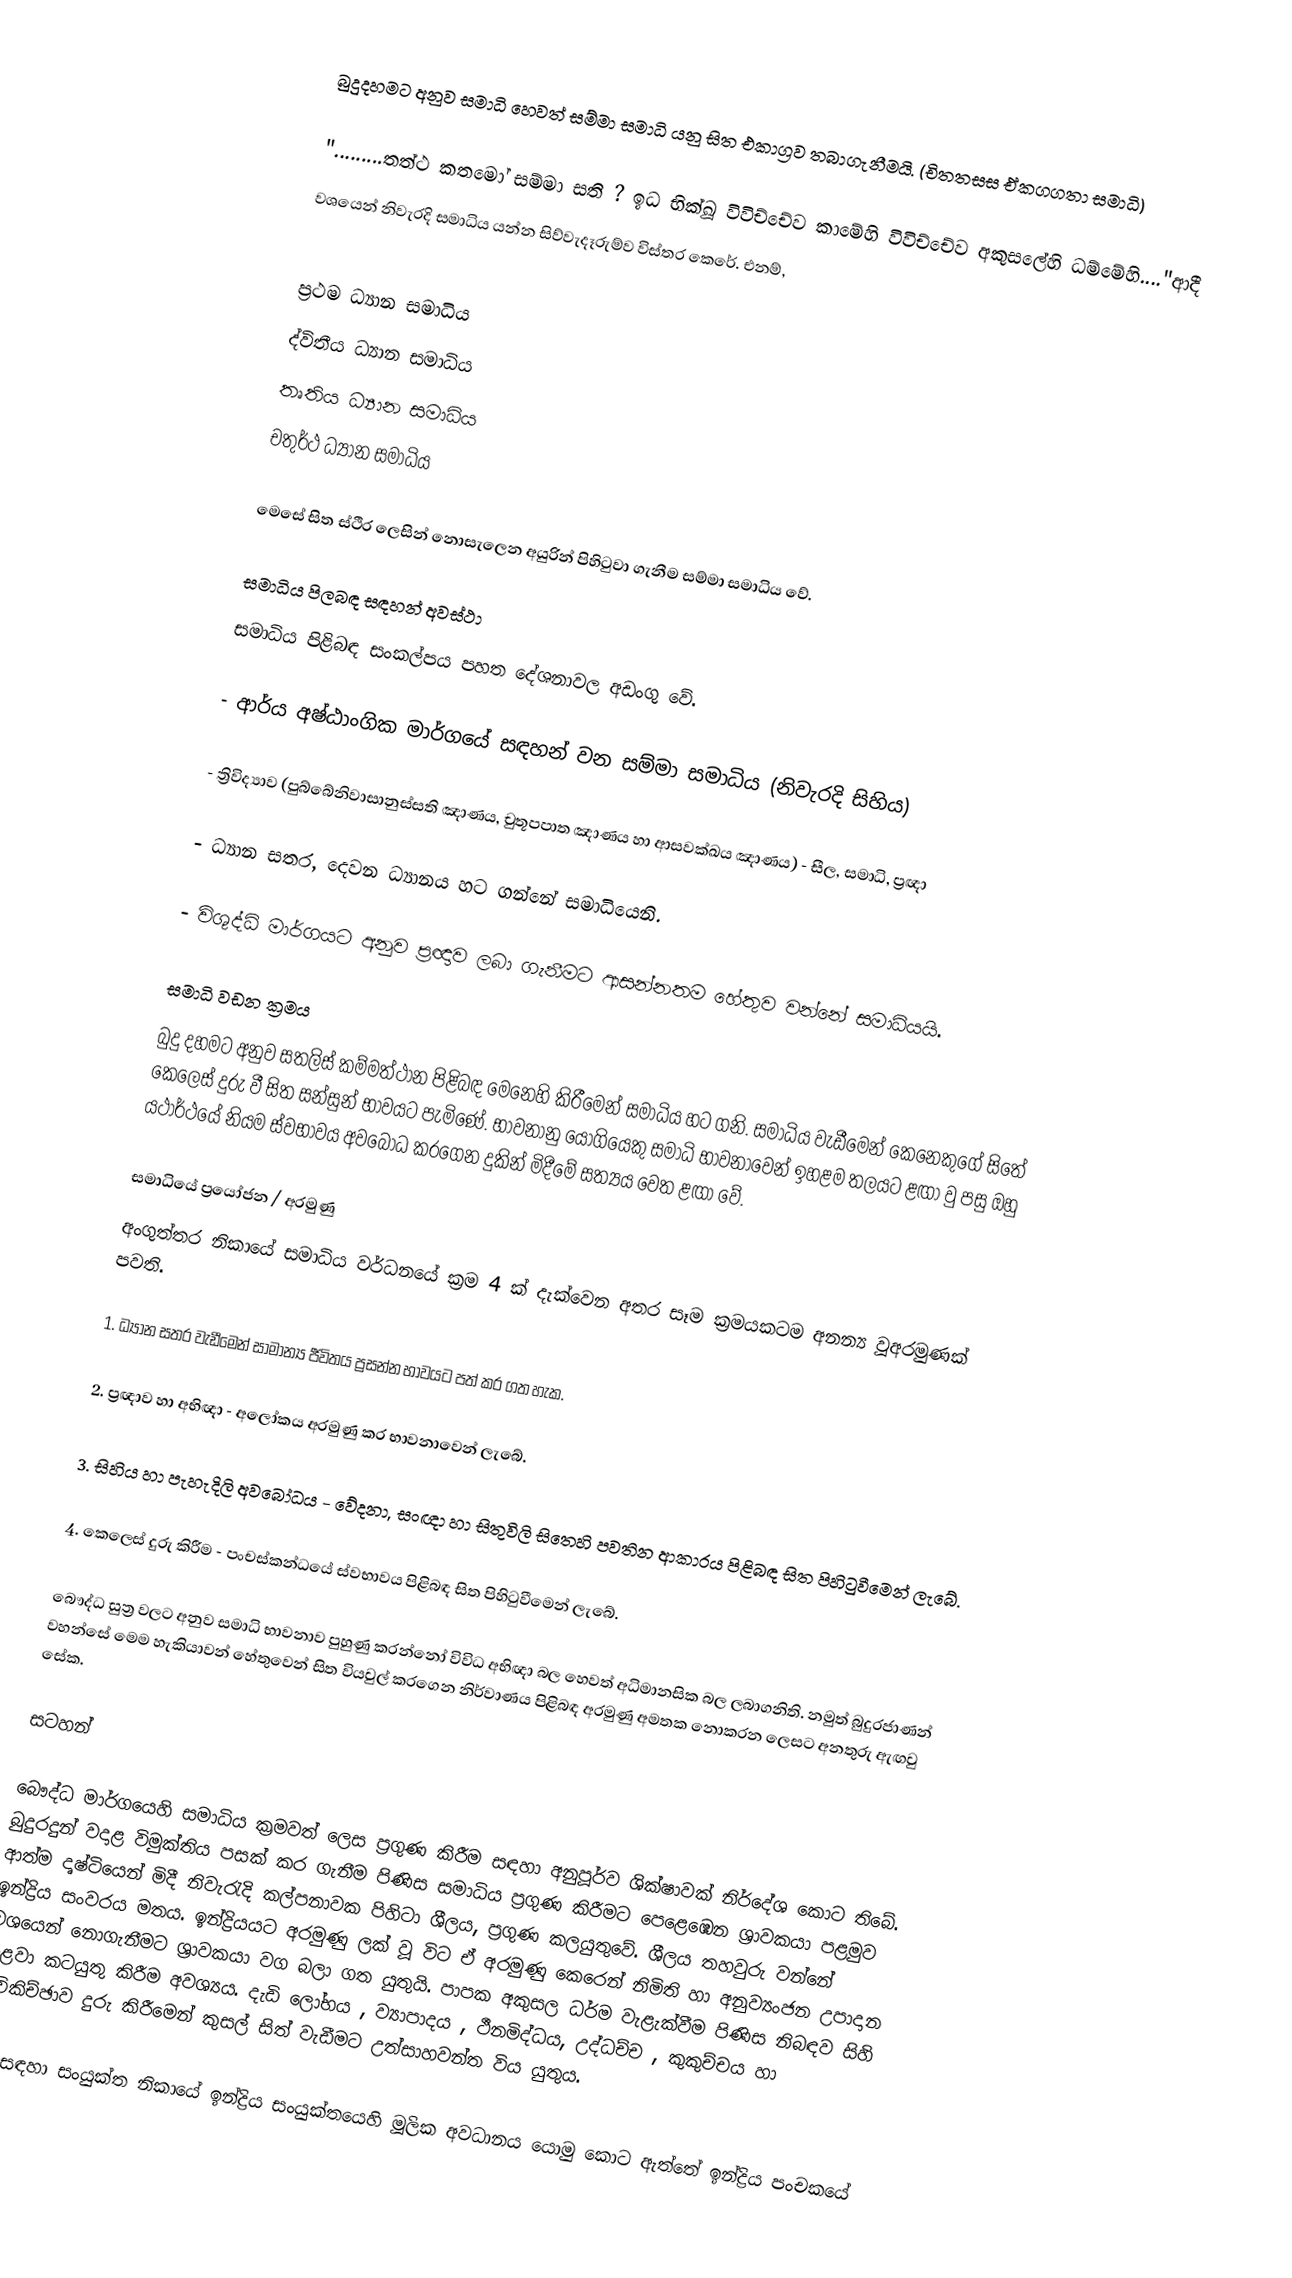
බුදුදහමට අනුව සමාධි හෙවත් සම්මා සමාධි යනු සිත එකාග්‍රව තබාගැනීමයි. (චිත‍්තස‍්ස ඒකග‍්ගතා සමාධි)

".........තත්ථ කතමෝ සම්මා සති ? ඉධ භික්ඛූ විවිච්චේව කාමේහි විවිච්චේව අකුසලේහි ධම්මේහි...."ආදී
වශයෙන් නිවැරදි සමාධිය යන්න සිව්වැදෑරුම්ව විස්තර කෙරේ. එනම්,

ප්‍රථම ධ්‍යාන සමාධිය
ද්විතීය ධ්‍යාන සමාධිය
තෘතිය  ධ්‍යාන සමාධිය
 චතුර්ථ ධ්‍යාන සමාධිය

මෙසේ සිත ස්ථිර ලෙසින් නොසැලෙන අයුරින් පිහිටුවා ගැනීම සම්මා සමාධිය වේ.

සමාධිය පිලබඳ සඳහන් අවස්ථා
සමාධිය පිළිබඳ සංකල්පය පහත දේශනාවල අඩංගු වේ.

-	ආර්ය අෂ්ඨාංගික මාර්ගයේ සඳහන් වන සම්මා සමාධිය (නිවැරදි සිහිය)

-	ත්‍රිවිද්‍යාව (පුබ්බේනිවාසානුස්සති ඤාණය, චුතූපපාත ඤාණය හා ආසවක්‍ඛය ඤාණය) - සීල, සමාධි, ප්‍රඥා

-	ධ්‍යාන  සතර, දෙවන ධ්‍යානය හට ගන්නේ සමාධියෙනි.

-	විශුද්ධි මාර්ගයට අනුව ප්‍රඥාව ලබා ගැනීමට ආසන්නතම හේතුව වන්නේ සමාධියයි.

සමාධි වඩන ක්‍රමය
බුදු දහමට අනුව සතලිස් කම්මත්ථාන පිළිබඳ මෙනෙහි කිරීමෙන් සමාධිය හට ගනි. සමාධිය වැඩීමෙන් කෙනෙකුගේ සිතේ කෙලෙස් දුරු වී සිත සන්සුන් භාවයට පැමිණේ. භාවනානු යෝගියෙකු සමාධි භාවනාවෙන් ඉහළම තලයට ළඟා වු පසු ඔහු යථාර්ථයේ නියම ස්වභාවය අවබෝධ කරගෙන දුකින් මිදීමේ සත්‍යය වෙත ළඟා වේ.

සමාධියේ ප්‍රයෝජන / අරමුණු
අංගුත්තර නිකායේ සමාධිය වර්ධනයේ ක්‍රම 4 ක් දැක්වෙන අතර  සෑම ක්‍රමයක‍ටම අනන්‍ය වූඅරමුණක් පවති.

1. ධ්‍යාන සතර වැඩීමෙන් සාමාන්‍ය ජීවිතය ප්‍රසන්න භාවයට පත් කර ගත හැක.

2. ප්‍රඥා‍ව හා අභිඥා - අලෝකය අරමුණු කර භාවනාවෙන් ලැබේ.

3. සිහිය හා පැහැදිලි අවබෝධය - වේදනා, සංඥා හා සිතුවිලි සි‍තෙහි පවතින ආකාරය පිළිබඳ සිත පිහිටුවීමෙන් ලැබේ.

4. කෙලෙස් දුරු කිරීම - පංචස්කන්ධයේ ස්වභාවය පිළිබඳ සිත පිහිටුවීමෙන් ලැබේ.

බෞද්ධ සුත්‍ර වලට අනුව සමාධි භාවනාව පුහුණු කරන්නෝ විවිධ අභිඥා බල හෙවත් අධිමානසික බල ලබාගනිති. නමුත් බුදුරජාණන් වහන්සේ මෙම හැකියාවන් හේතුවෙන් සිත වියවුල් කරගෙන නිර්වාණය පිළිබඳ අරමුණු අමතක නොකරන ලෙසට අනතුරු  ඇඟවු සේක.

සටහන්

බෞද්ධ මාර්ගයෙහි සමාධිය ක්‍රමවත් ලෙස ප්‍රගුණ කිරීම සඳහා අනුපූර්ව ශික්ෂාවක් නිර්දේශ කොට තිබේ. බුදුරදුන් වදාළ විමුක්තිය පසක් කර ගැනීම පිණිස සමාධිය ප්‍රගුණ කිරීමට පෙළෙඹෙන ශ්‍රාවකයා පළමුව ආත්ම දෘෂ්ටියෙන් මිදී නිවැරැදි කල්පනාවක පිහිටා ශීලය, ප්‍රගුණ කලයුතුවේ. ශීලය තහවුරු වන්නේ ඉන්ද්‍රිය සංවරය මතය. ඉන්ද්‍රියයට අරමුණු ලක් වූ විට ඒ අරමුණු කෙරෙන් නිමිති හා අනුව්‍යංජන උපාදාන වශයෙන් නොගැනීමට ශ්‍රාවකයා වග බලා ගත යුතුයි. පාපක අකුසල ධර්ම වැළැක්වීම පිණිස නිබඳව සිහි එළවා කටයුතු කිරීම අවශ්‍යය. දැඩි ලෝභය , ව්‍යාපාදය , ථීනමිද්ධය, උද්ධච්ච , කුකුච්චය හා විචිකිච්ඡාව දුරු කිරීමෙන් කුසල් සිත් වැඩීමට උත්සාහවන්ත විය යුතුය.

මේ සඳහා සංයුක්ත නිකායේ ඉන්ද්‍රිය සංයුක්තයෙහි මූලික අවධානය යොමු කොට ඇත්තේ ඉන්ද්‍රිය පංචකයේ